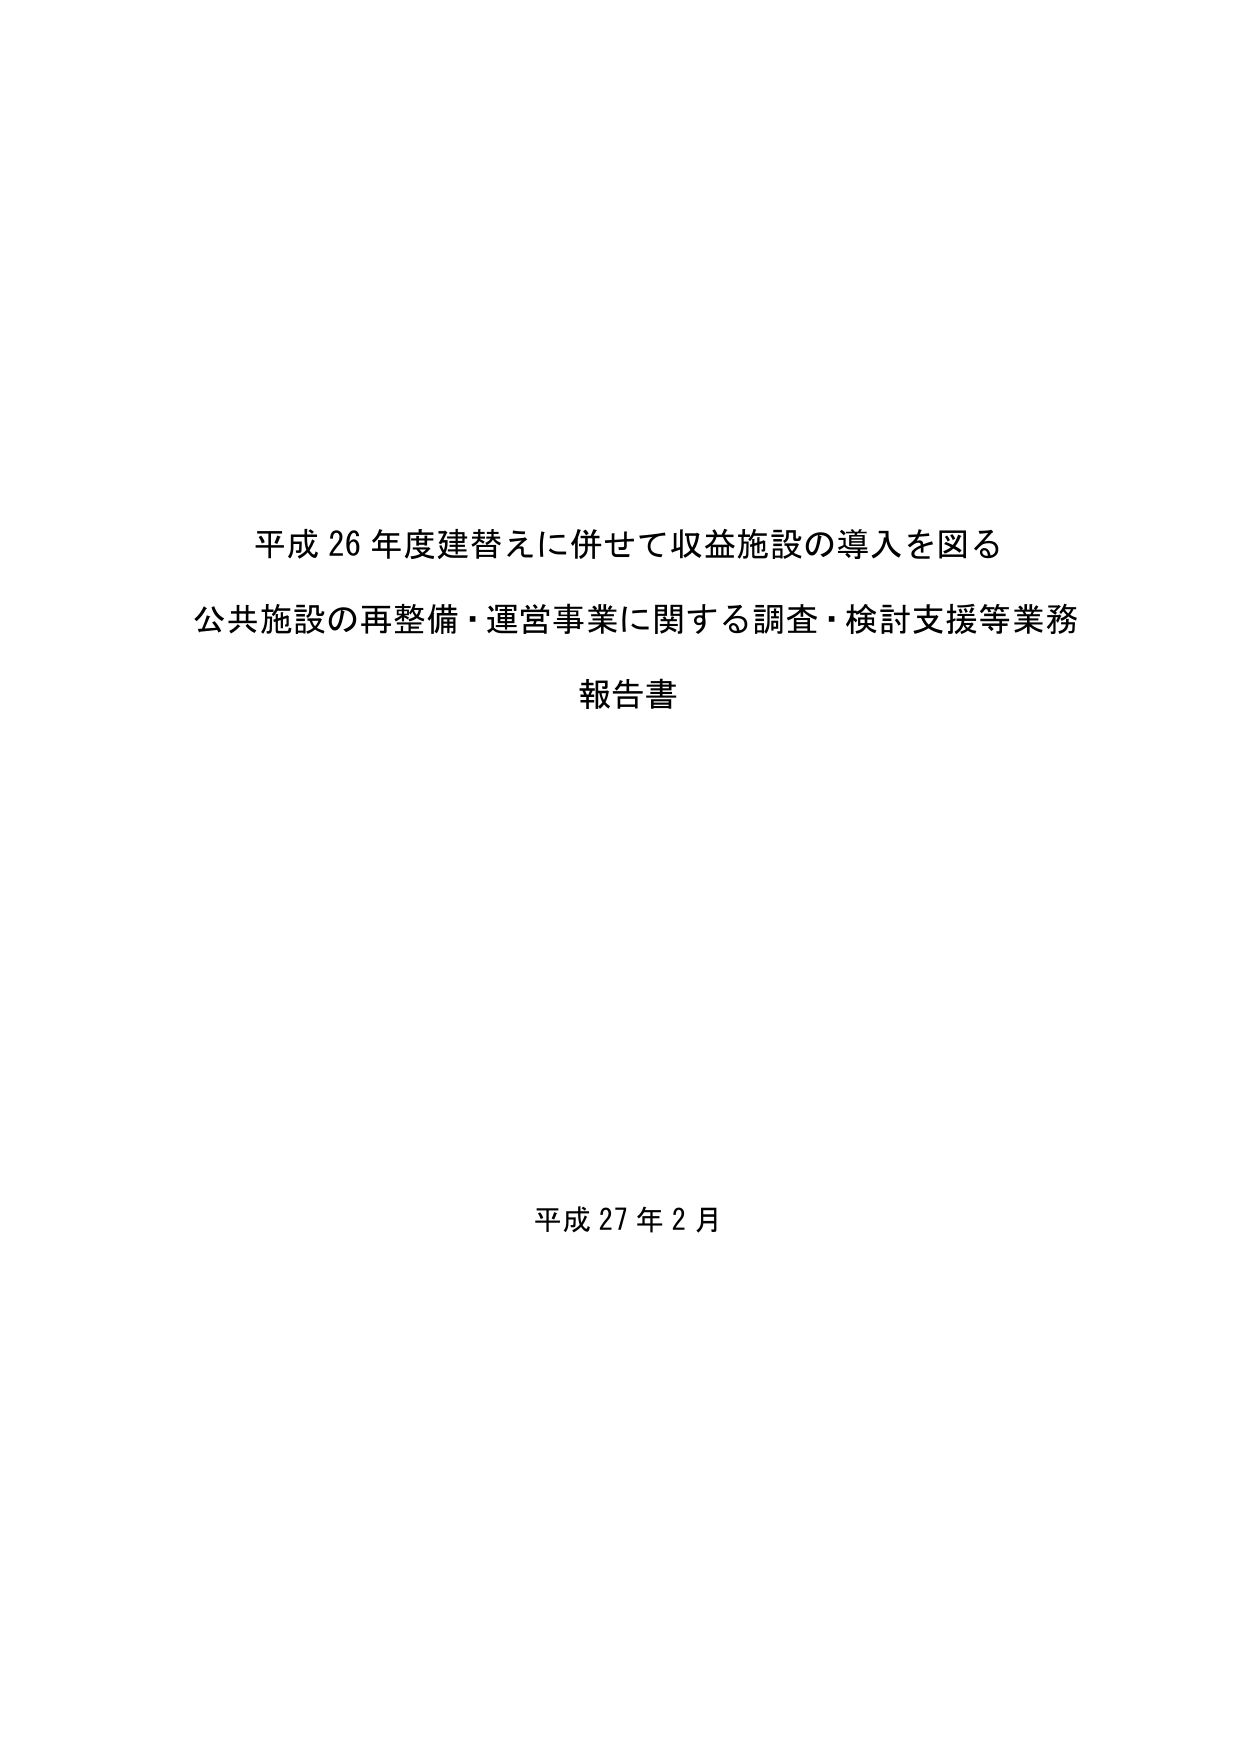
平成 26 年度建替えに併せて収益施設の導入を図る
公共施設の再整備・運営事業に関する調査・検討支援等業務
報告書

平成 27 年 2 月